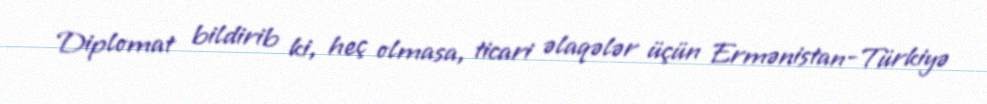
Diplomat bildirib ki, heç olmasa, ticari əlaqələr üçün Ermənistan-Türkiyə